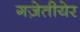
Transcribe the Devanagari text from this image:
गज़ेतीयेर